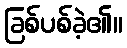
ခြစ်ပစ်ခဲ့၏။